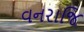
વનરાજિ